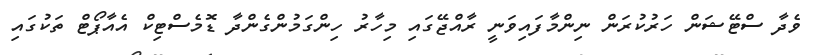
ވެދާ ސްޓޭޝަން ހަރުކުރަން ނިންމާފައިވަނީ ރާއްޖޭގައި މިހާރު ހިންގަމުންގެންދާ ޑޮމެސްޓިކް އެއާޕޯޓް ތަކުގައި